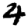
Digit: 4